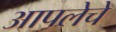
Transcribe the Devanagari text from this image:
आपलेचे